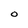
Character: O